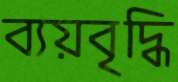
ব্যয়বৃদ্ধি